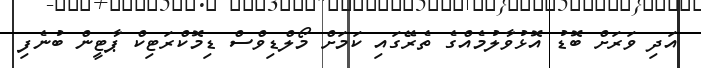
އަދި ވަރަށް ބޮޑު އޮޅުވާލުމެއްގެ ތެރޭގައި ކަމަށް މޯލްޑިވްސް ޑިމޮކްރަޓިކް ޕާޓީން ބުނެފި